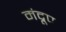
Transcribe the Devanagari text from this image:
मंद्रूप